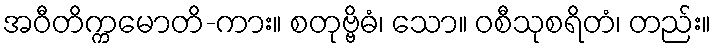
အဝီတိက္ကမောတိ-ကား။ စတုဗ္ဗိဓံ၊ သော။ ဝစီသုစရိတံ၊ တည်း။